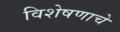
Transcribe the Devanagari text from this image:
विशेषणाचे